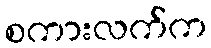
စကားလက်က